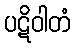
ပဋိဝါတံ